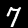
Label: 7